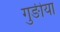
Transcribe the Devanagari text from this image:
गुङीया